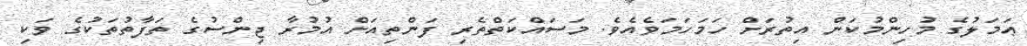
ޢަމަލުގެ މުހިންމުކަން އިތުރަށް ހަމަހަމަވެއެވެ. މަސައްކަތްތެރި ފަންތިއަށް އުމުރާ ޖިންސުގެ ތަފާތުތަކުގެ ވަކި